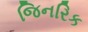
જિનરિક